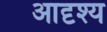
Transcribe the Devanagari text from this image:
आदृश्य